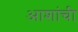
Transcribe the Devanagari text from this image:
आशांची